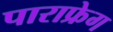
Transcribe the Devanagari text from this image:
पाराफ्रेग